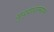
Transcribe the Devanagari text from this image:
युद्द्यादरम्यान